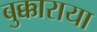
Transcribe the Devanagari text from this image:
बुक्काराया